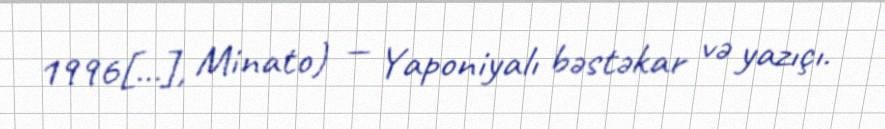
1996[…], Minato) — Yaponiyalı bəstəkar və yazıçı.